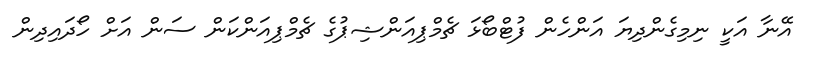
އޭނާ އަކީ ނިމިގެންދިޔަ އަންހެން ފުޓްބޯޅަ ޗެމްޕިއަންޝިޕުގެ ޗެމްޕިއަންކަން ސަން އަށް ހޯދައިދިން